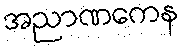
အညာဏကေန